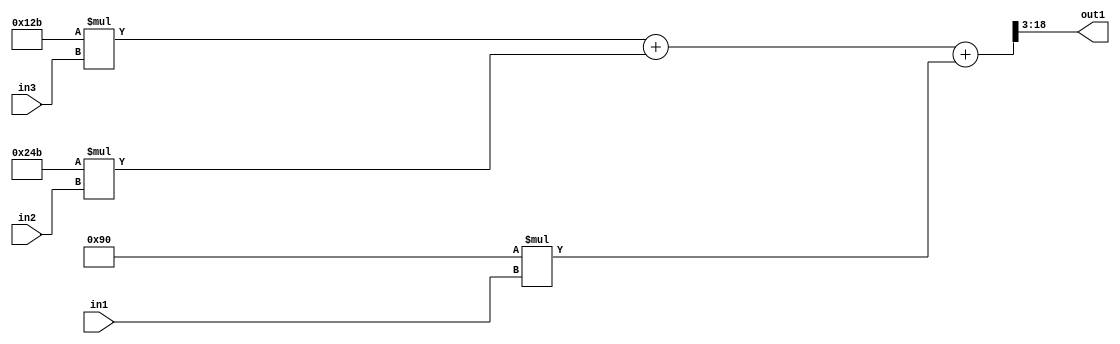
`timescale 1ps / 1ps
/*****************************************************************************
    Verilog RTL Description
    
    
    Created by: Stratus DpOpt 2019.1.01 
*******************************************************************************/

module ColorTransform_R18_3Add3Mul2i144u8Mul2iLLu8Mul2i299u8_1 (
	in3,
	in2,
	in1,
	out1
	); /* architecture "behavioural" */ 
input [7:0] in3,
	in2,
	in1;
output [15:0] out1;
wire [18:0] asc003;

wire [18:0] asc003_tmp_0;
wire [18:0] asc003_tmp_1;
assign asc003_tmp_1 = 
	+(19'B0000000000100101011 * in3);
assign asc003_tmp_0 = asc003_tmp_1
	+(19'B0000000001001001011 * in2);
assign asc003 = asc003_tmp_0
	+(19'B0000000000010010000 * in1);

assign out1 = asc003[18:3];
endmodule

/* CADENCE  vrDwQww= : u9/ySgnWtBlWxVPRXgAZ4Og= ** DO NOT EDIT THIS LINE ******/